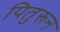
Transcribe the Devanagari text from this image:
पितुरून